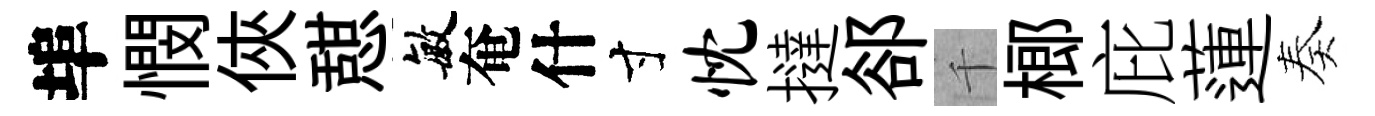
埠憫俠憇敏奄什寸忱撻郤千榔庇蓮奏